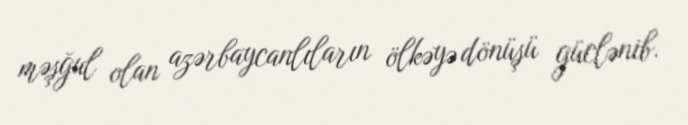
məşğul olan azərbaycanlıların ölkəyə dönüşü güclənib.